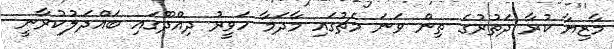
މާޒިޔާ ކުރާ ދަތުރުގެ ތިން ވަނަ މެޗުގައި މާދަމާ ހަވީރު ދިއްދޫގައި ބައްދަލުކުރާނީ